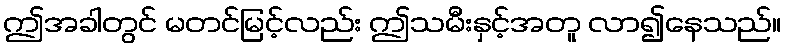
ဤအခါတွင် မတင်မြင့်လည်း ဤသမီးနှင့်အတူ လာ၍နေသည်။